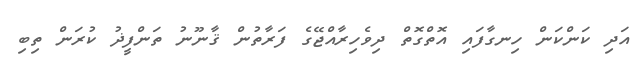
އަދި ކަންކަން ހިނގާފައި އޮތްގޮތް ދިވެހިރާއްޖޭގެ ފަރާތުން ޤާނޫނު ތަންފީޛު ކުރަން ތިބި